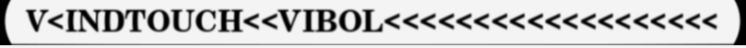
V<INDTOUCH<<VIBOL<<<<<<<<<<<<<<<<<<<